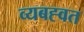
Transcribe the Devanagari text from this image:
व्यबह्वत